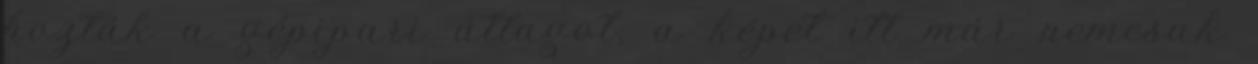
hozták a gépipari átlagot, a képet itt már nemcsak